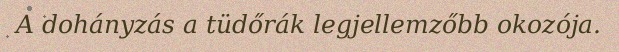
A dohányzás a tüdőrák legjellemzőbb okozója.